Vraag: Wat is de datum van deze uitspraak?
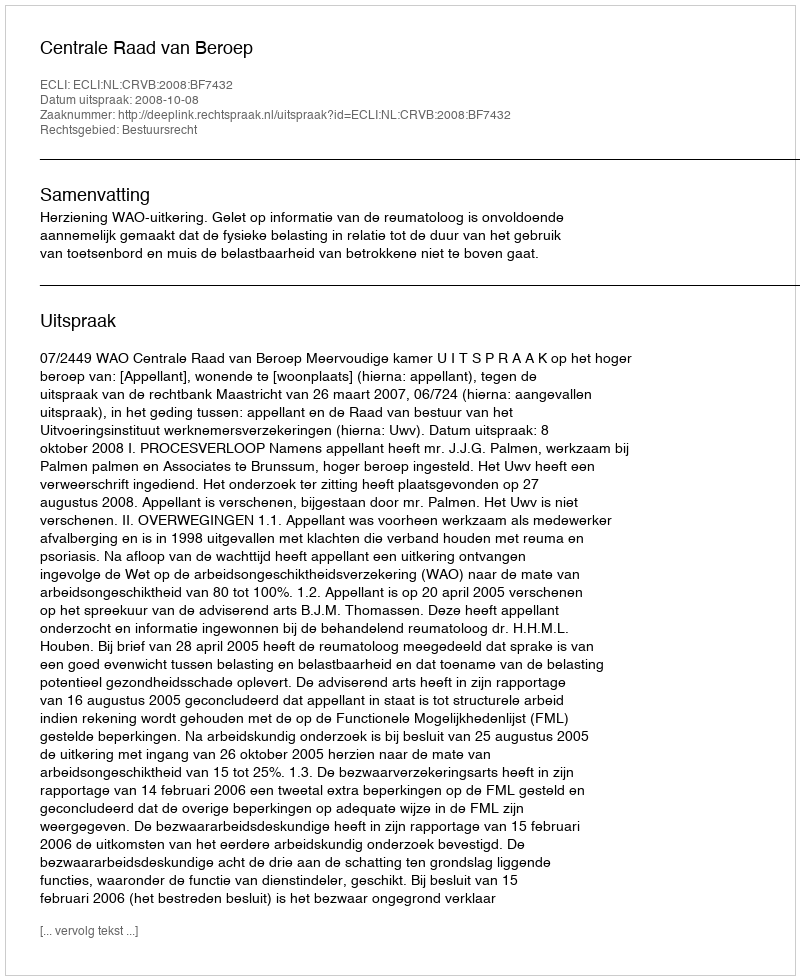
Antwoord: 2008-10-08